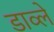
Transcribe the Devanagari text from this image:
डाव्ले